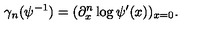
\gamma _ { n } ( \psi ^ { - 1 } ) = ( \partial _ { x } ^ { n } \log \psi ^ { \prime } ( x ) ) _ { x = 0 } .